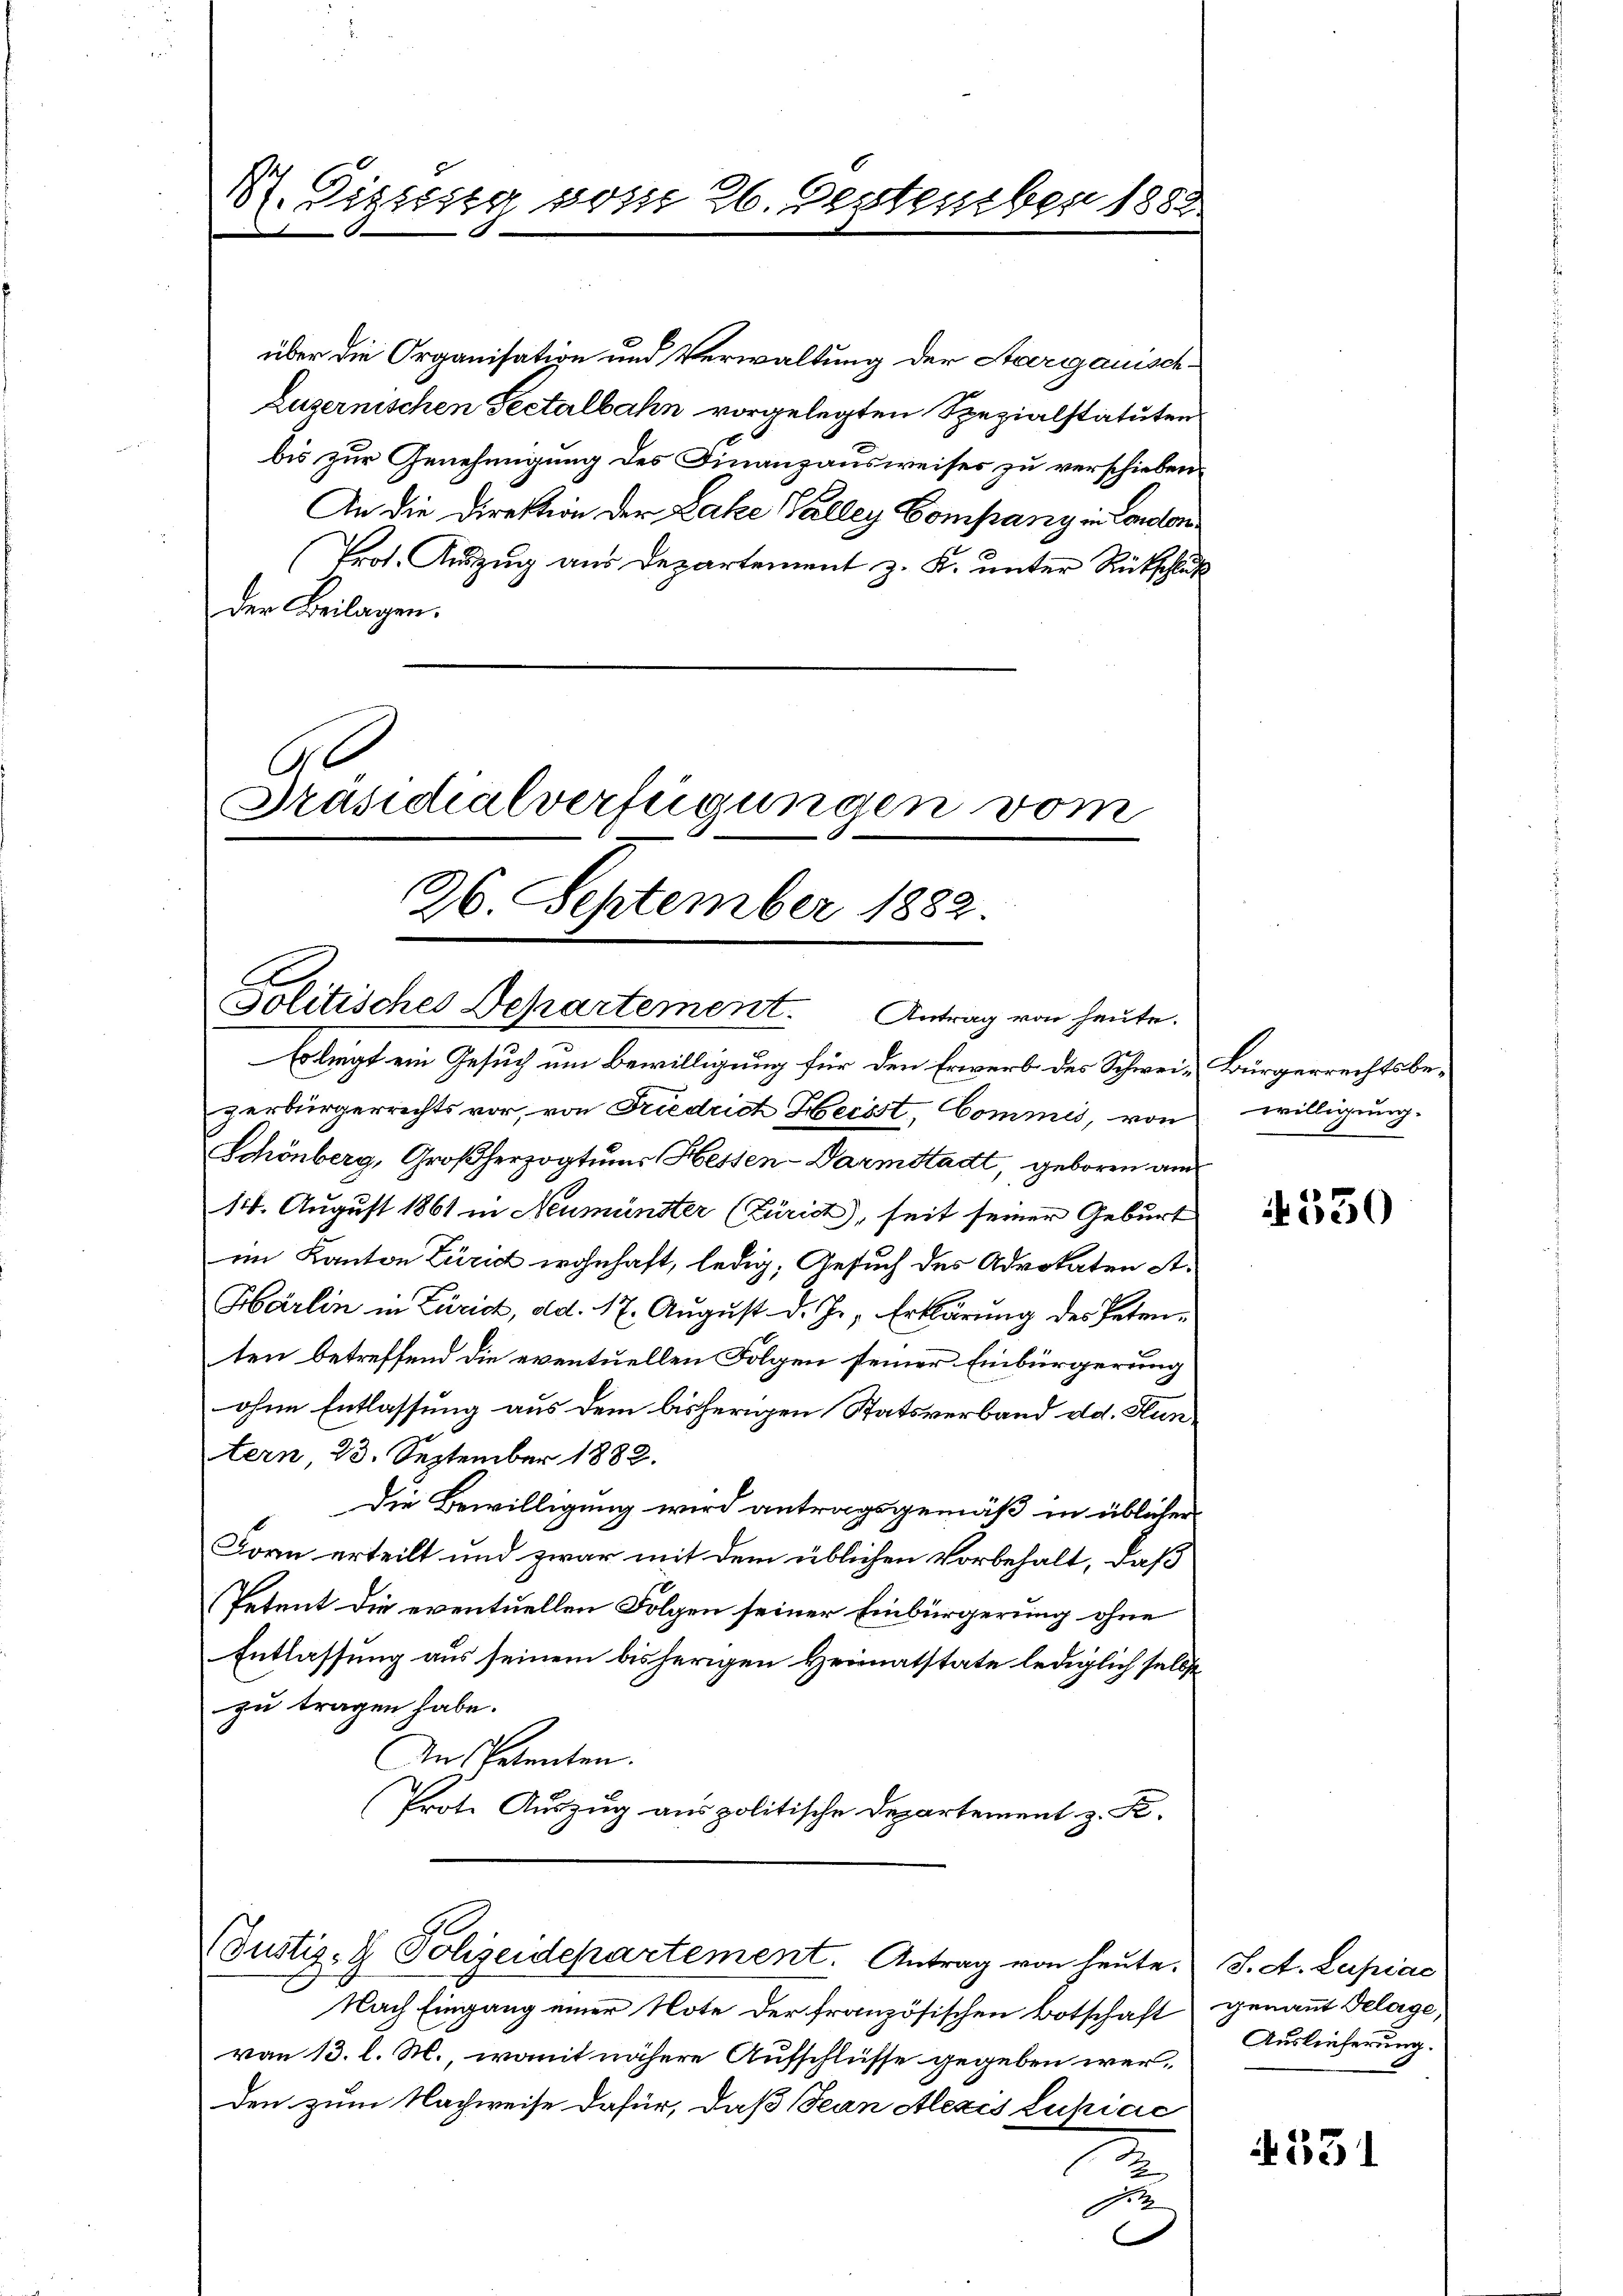
V. Dissesig vom 26. September 1882.

über die Organisation und Verwaltung der Aargauisch-
Luzernischen Sectalbahn vorgelegten Spezialstatuten
bis zur Genehmigung des Finanzausweises zu verschieben.
An die Direktion der Lake Galley Company in Conton¬
(Prot. Auszug aus Departement z. K. unter Rückschluß
der Beilagen.
C
Präsidialverfügungen vom

26. September 1882.
C
Solitisches Departement. Antrag von heute.

Er liegt ein Gesuch um Bewilligung für den Erwerb des Schwei-Bürgerrechtsbezerbürgerrichts vor, von Friedrich Heisst, Commis, von
Schönberg, Großherzogtums Hessen-Darmstadt, geboren am
14. August 1861 in Neumünster (Zürich), seit seiner Geburt
im Kanton Zürid wohnhaft, ledig, Gesuch des Advokaten At¬
Härlin in Zürich, ad. 17. August d. Js. Erklärung des Petenten betreffend die eventuellen Folgen seiner Einbürgerung
ohne Entlassung aus dem bisherigen Statsverband dd. Fluntern, 23. September 1882.
Die Bewilligung wird antragsgemäß in üblicher
Forn erteilt und zwar mit dem üblichen Vorbehalt, daß
Petent die eventuellen Folgen seiner Einbürgerung ohne
Entlassung aus seinem bisherigen Heimatstate lediglich selbst
zu tragen habe.
An betenten.
Prote Auszug aus politische Departement z. B.

Justiz- & Polizeidepartement. Antrag von heute. J. A. Lapiae

Nach Eingang einer Note der französischen Botschaft genannt Gelage,
von 13. l. M., womit nähere Aufschlüsse gegeben werden zum Nachweise dafür, daß Jean Alexes Lupiac
2
e

C

willigung.

550

Auslieferung.

331